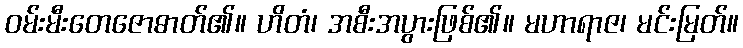
ဝမ်းမီးတေဇောဓာတ်၏။ ဟိတံ၊ အစီးအပွားဖြစ်၏။ မဟာရာဇ၊ မင်းမြတ်။